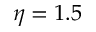
\eta = 1 . 5